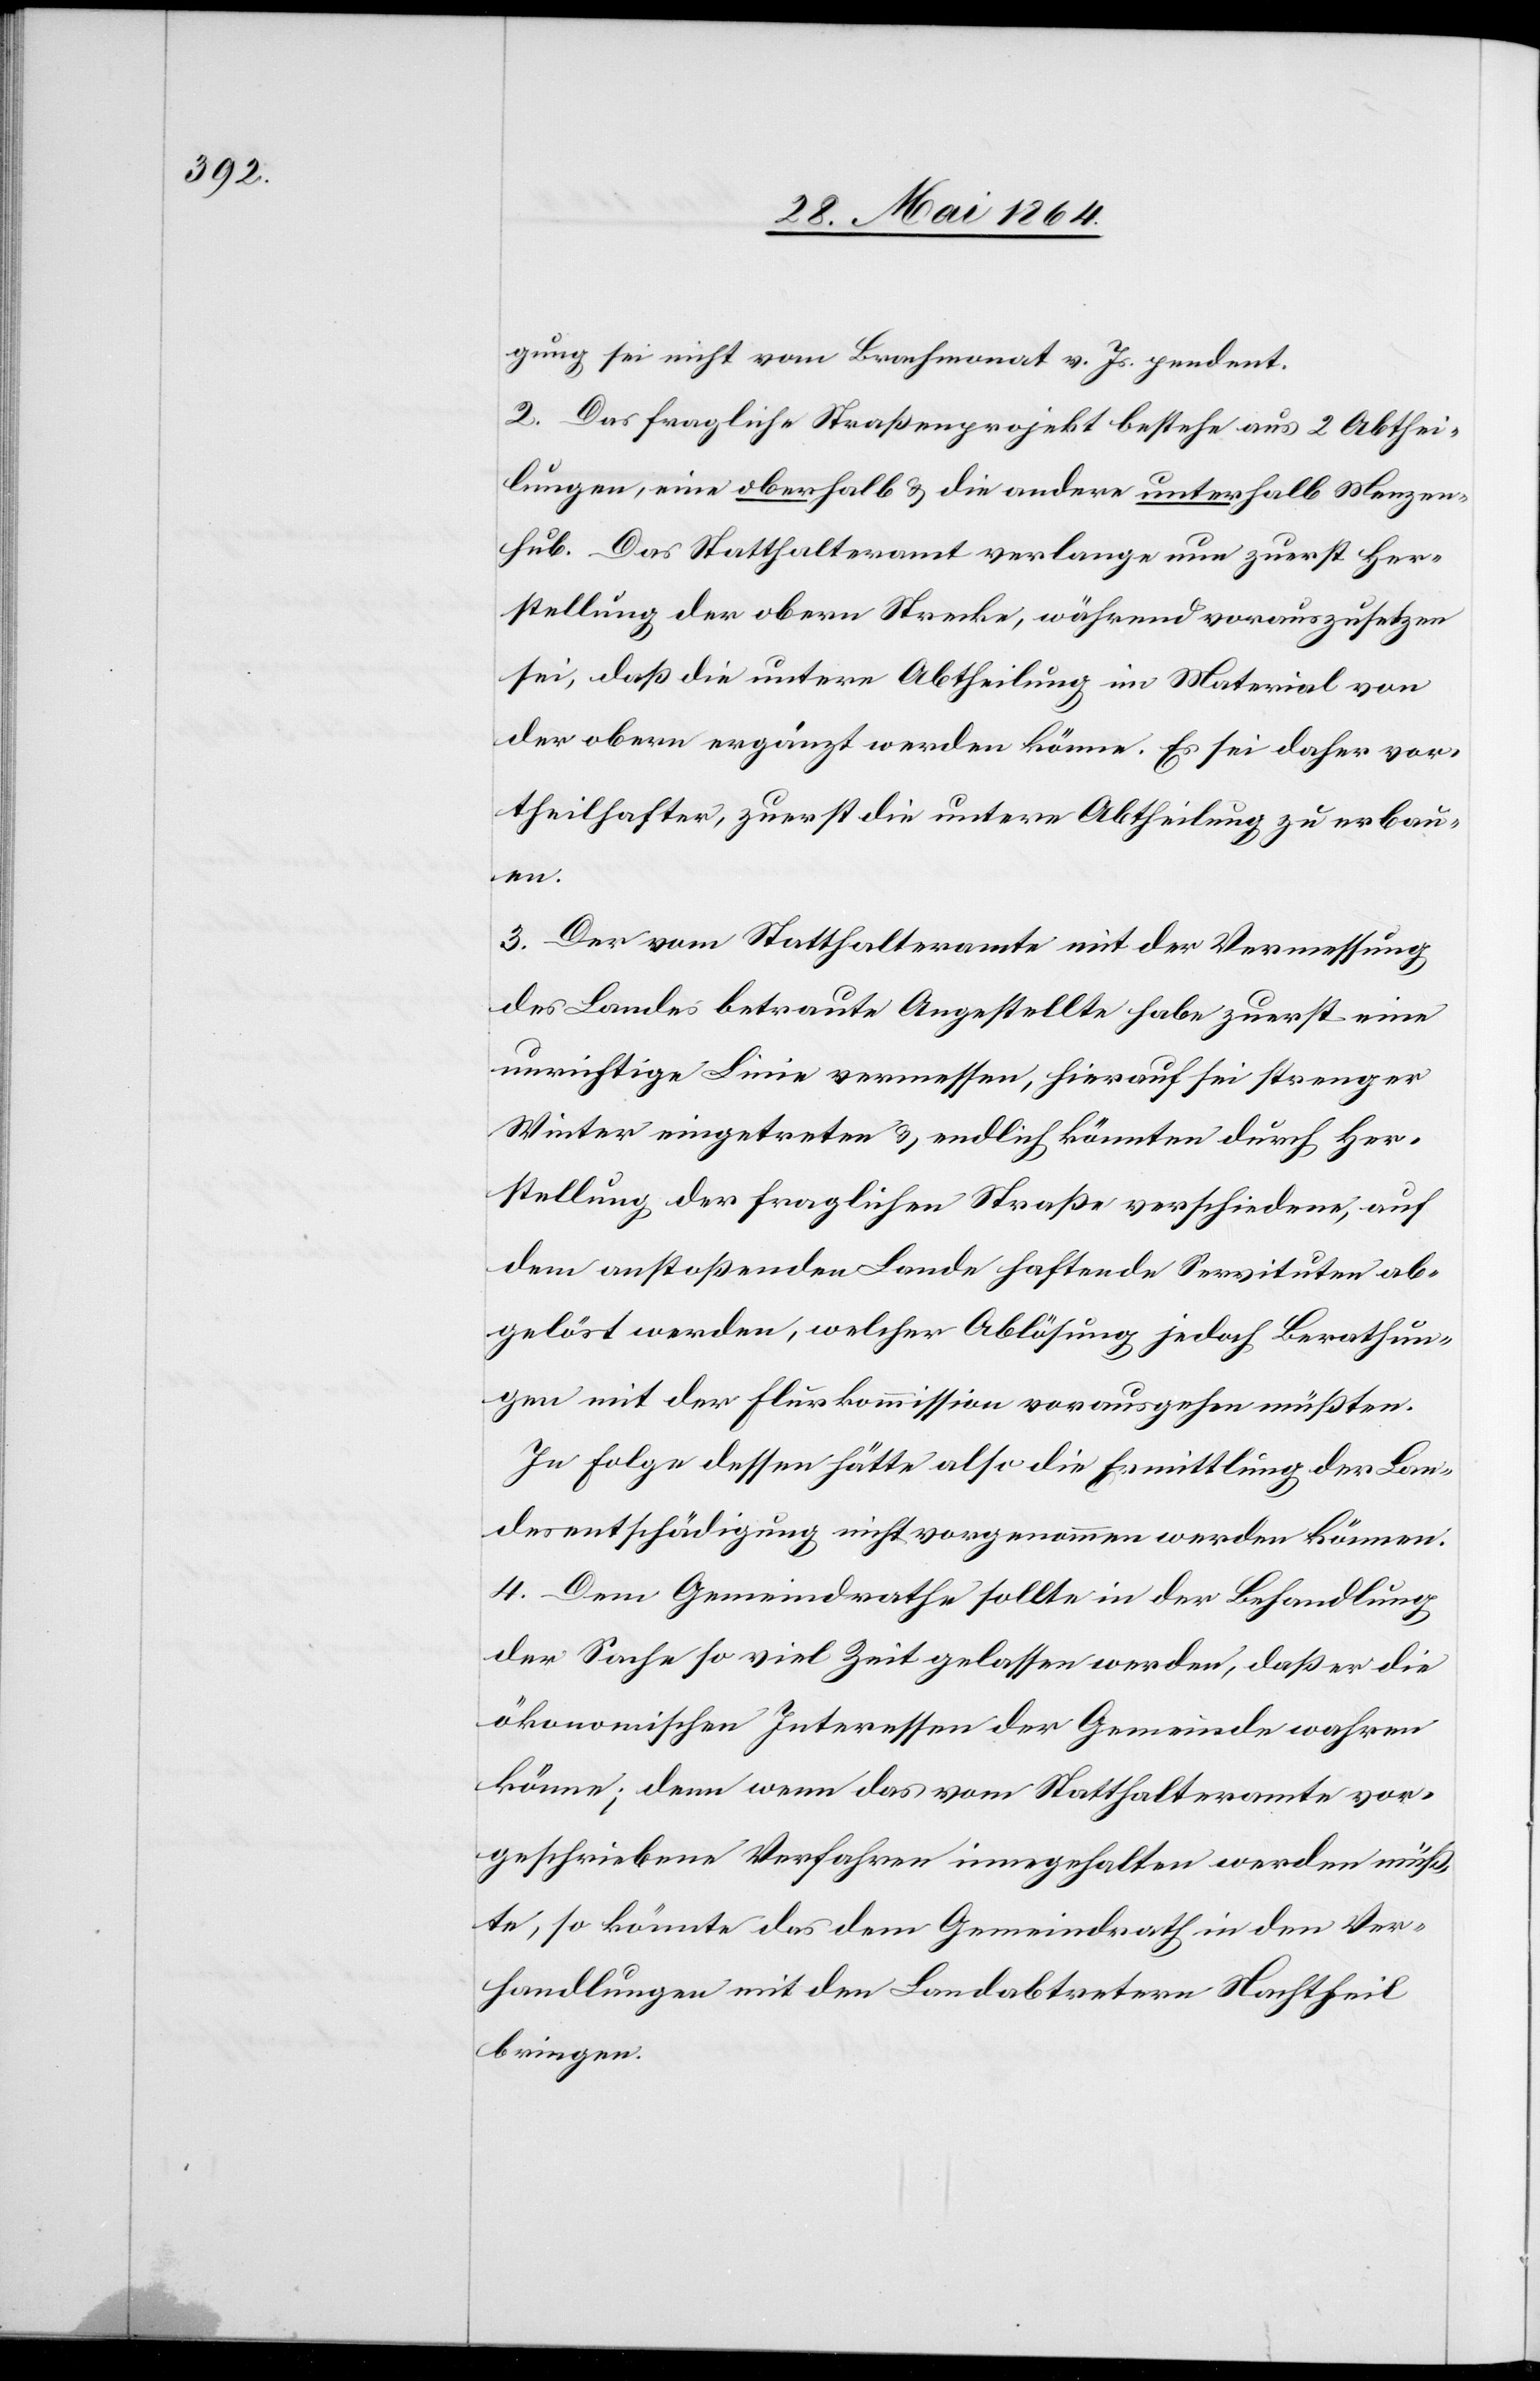
gung sei nicht vom Brachmonat v. Js. pendent.
2. Das fragliche Straßenprojekt bestehe aus 2 Abthei¬
lungen, eine oberhalb u. die andere unterhalb Menzen¬
hub. Das Statthalteramt verlange nun zuerst Her¬
stellung der obern Strecke, während vorauszusetzen
sei, daß die untere Abtheilung im Material von
der obern ergänzt werden könne. Es sei daher vor¬
theilhafter, zuerst die untere Abtheilung zu erbau¬
en.
3. Der vom Statthalteramte mit der Vermessung
des Landes betraute Angestellte habe zuerst eine
unrichtige Linie vermessen, hierauf sei strenger
Winter eingetreten u. endlich könnten durch Her¬
stellung der fraglichen Straße verschiedene, auf
dem anstoßenden Lande haftende Servituten ab¬
gelöst werden, welcher Ablösung jedoch Berathun¬
gen mit der Flurkommission vorausgehen müßten.
In Folge dessen hätte also die Ermittlung der Lan¬
desentschädigung nicht vorgenommen werden können.
4. Dem Gemeindrathe sollte in der Behandlung
der Sache so viel Zeit gelassen werden, daß er die
ökonomischen Interessen der Gemeinde wahren
könne; denn wenn das vom Statthalteramte vor¬
geschriebene Verfahren innegehalten werden müß¬
te, so könnte das dem Gemeindrath in den Ver¬
handlungen mit den Landabtretern Nachtheil
bringen.